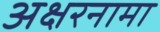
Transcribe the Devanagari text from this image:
अक्षरनामा